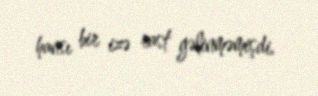
hansı bir izə rast gəlinməmişdi.